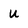
Character: u